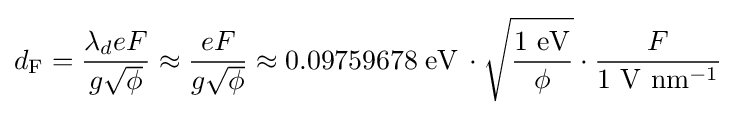
d_{\mathrm {F} }={\frac {\lambda _{d}eF}{g{\sqrt {\phi }}}}\approx {\frac {eF}{g{\sqrt {\phi }}}}\approx 0.09759678\;\mathrm {eV} \,\cdot {\sqrt {\frac {1\ \mathrm {eV} }{\phi }}}\cdot {\frac {F}{1\ \mathrm {V} \ \mathrm {nm} ^{-1}}}